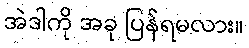
အဲဒါကို အခု ပြန်ရမလား။